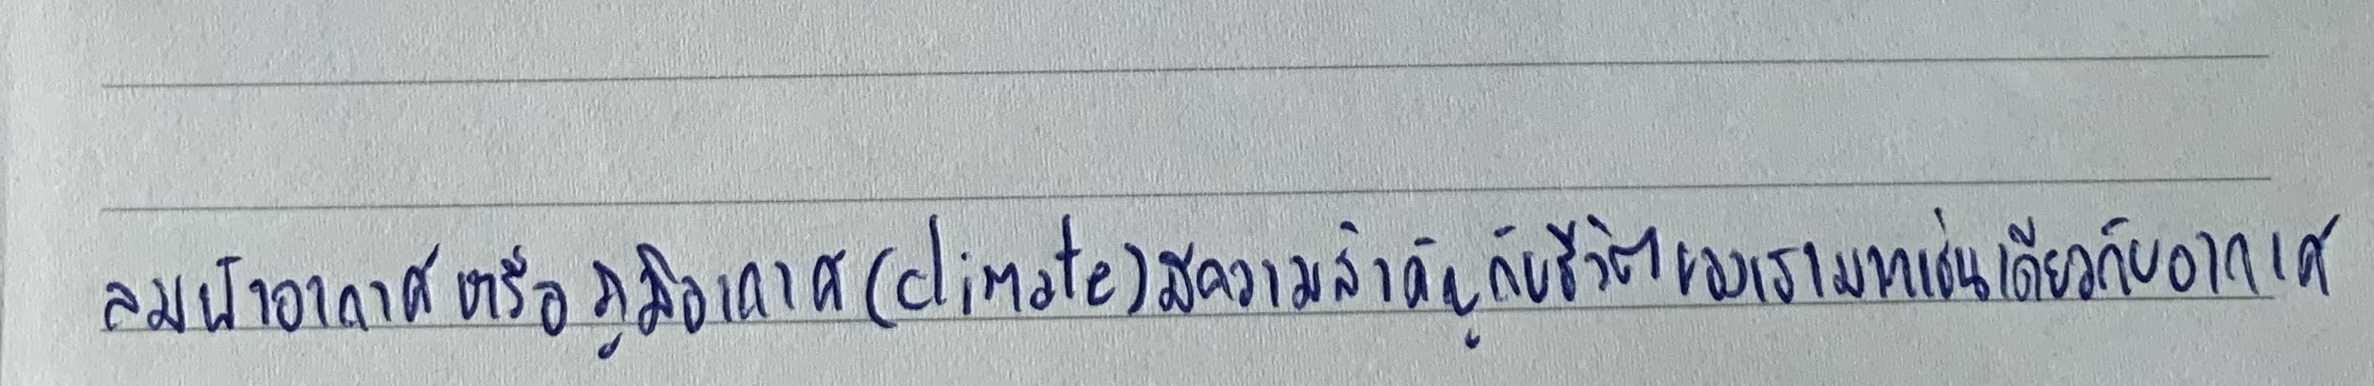
ลมฟ้าอากาศหรือภูมิอากาศ(climate)มีความสำคัญกับชีวิตของเรามากเช่นเดียวกับอากาศ